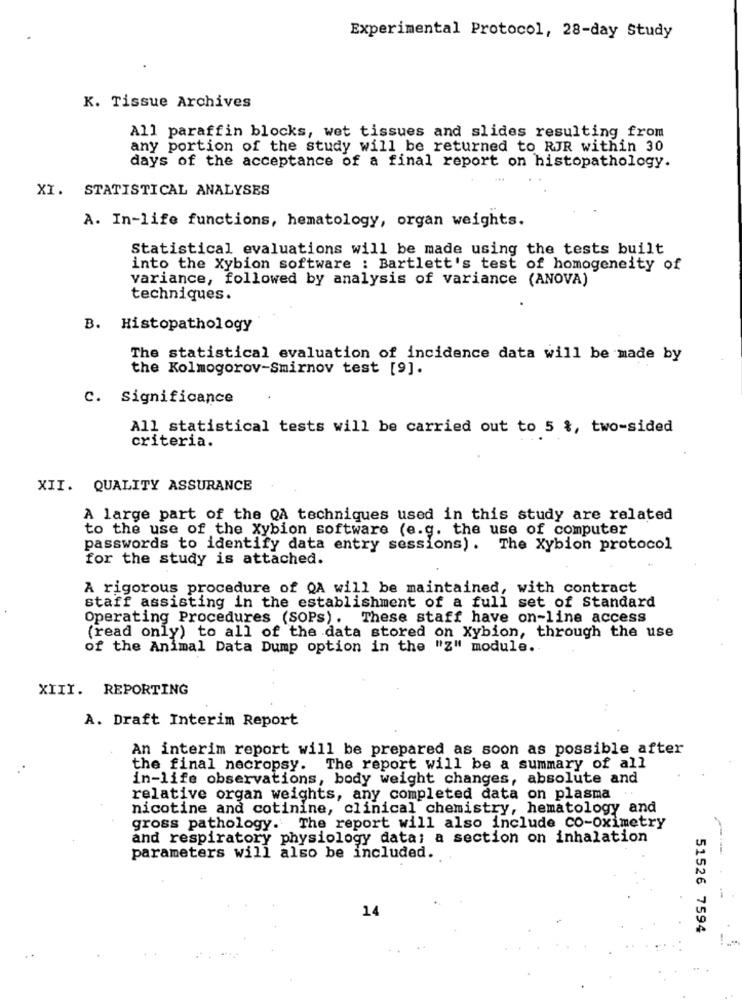
Experimental Protocol, 28-day Study
K. Tissue Archives
All paraffin blocks, wet tissues and slides resulting from
any portion of the study will be returned to RJR within 30
days of the acceptance of a final report on histopathology.
XI. STATISTICAL ANALYSES
A. In-life functions, hematology, organ weights.
Statistical evaluations will be made using the tests built
into the Xybion software : Bartlett's test of homogeneity of
variance, followed by analysis of variance (ANOVA)
techniques.
B. Histopathology
The statistical evaluation of incidence data will be made by
the Kolmogorov-Smirnov test [9].
C. Significance
All statistical tests will be carried out to 5 %, two-sided
criteria.
XII. QUALITY ASSURANCE
A large part of the QA techniques used in this study are related
to the use of the Xybion software (e.g. the use of computer
passwords to identify data entry sessions). The Xybion protocol
for the study is attached.
A rigorous procedure of QA will be maintained, with contract
staff assisting in the establishment of a full set of Standard
Operating Procedures (SOPs). These staff have on-line access
(read only) to all of the data stored on Xybion, through the use
of the Animal Data Dump option in the "Z" module.
XIII. REPORTING
A. Draft Interim Report
An interim report will be prepared as soon as possible after
the final necropsy. The report will be a summary of all
in-life observations, body weight changes, absolute and
relative organ weights, any completed data on plasma .
nicotine and cotinine, clinical chemistry, hematology and
gross pathology. The report will also include co-Oximetry
and respiratory physiology data: a section on inhalation
parameters will also be included.
14
51526 7594